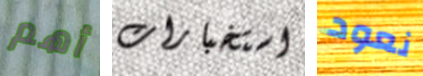
أهم استخبارات نعود